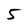
Character: 5